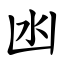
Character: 凼